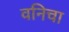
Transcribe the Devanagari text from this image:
वनिचा